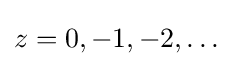
z=0,-1,-2,\ldots